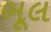
ભૂલ